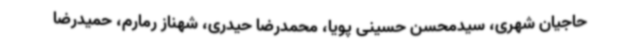
حاجیان شهری، سیدمحسن حسینی پویا، محمدرضا حیدری، شهناز رمارم، حمیدرضا